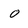
Character: o